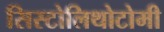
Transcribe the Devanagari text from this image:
सिस्टोलिथोटोमी